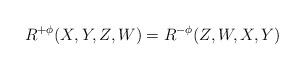
LaTeX: \begin{align*} R^{+\phi}(X, Y, Z, W) = R^{-\phi}(Z, W, X, Y) \end{align*}